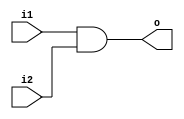
`timescale 1ns / 1ps
//////////////////////////////////////////////////////////////////////////////////
// Company: 
// Engineer: 
// 
// Design Name: 
// Module Name: MyAndGate
// Project Name: 
// Target Devices: 
// Tool Versions: 
// Description: 
// 
// Dependencies: 
// 
// Revision:
// Revision 0.01 - File Created
// Additional Comments:
// 
//////////////////////////////////////////////////////////////////////////////////


module MyAndGate(
    i1,
    i2,
    o
    );
    input i1;
    input i2;
    output o;
    assign o = i1 & i2;
endmodule